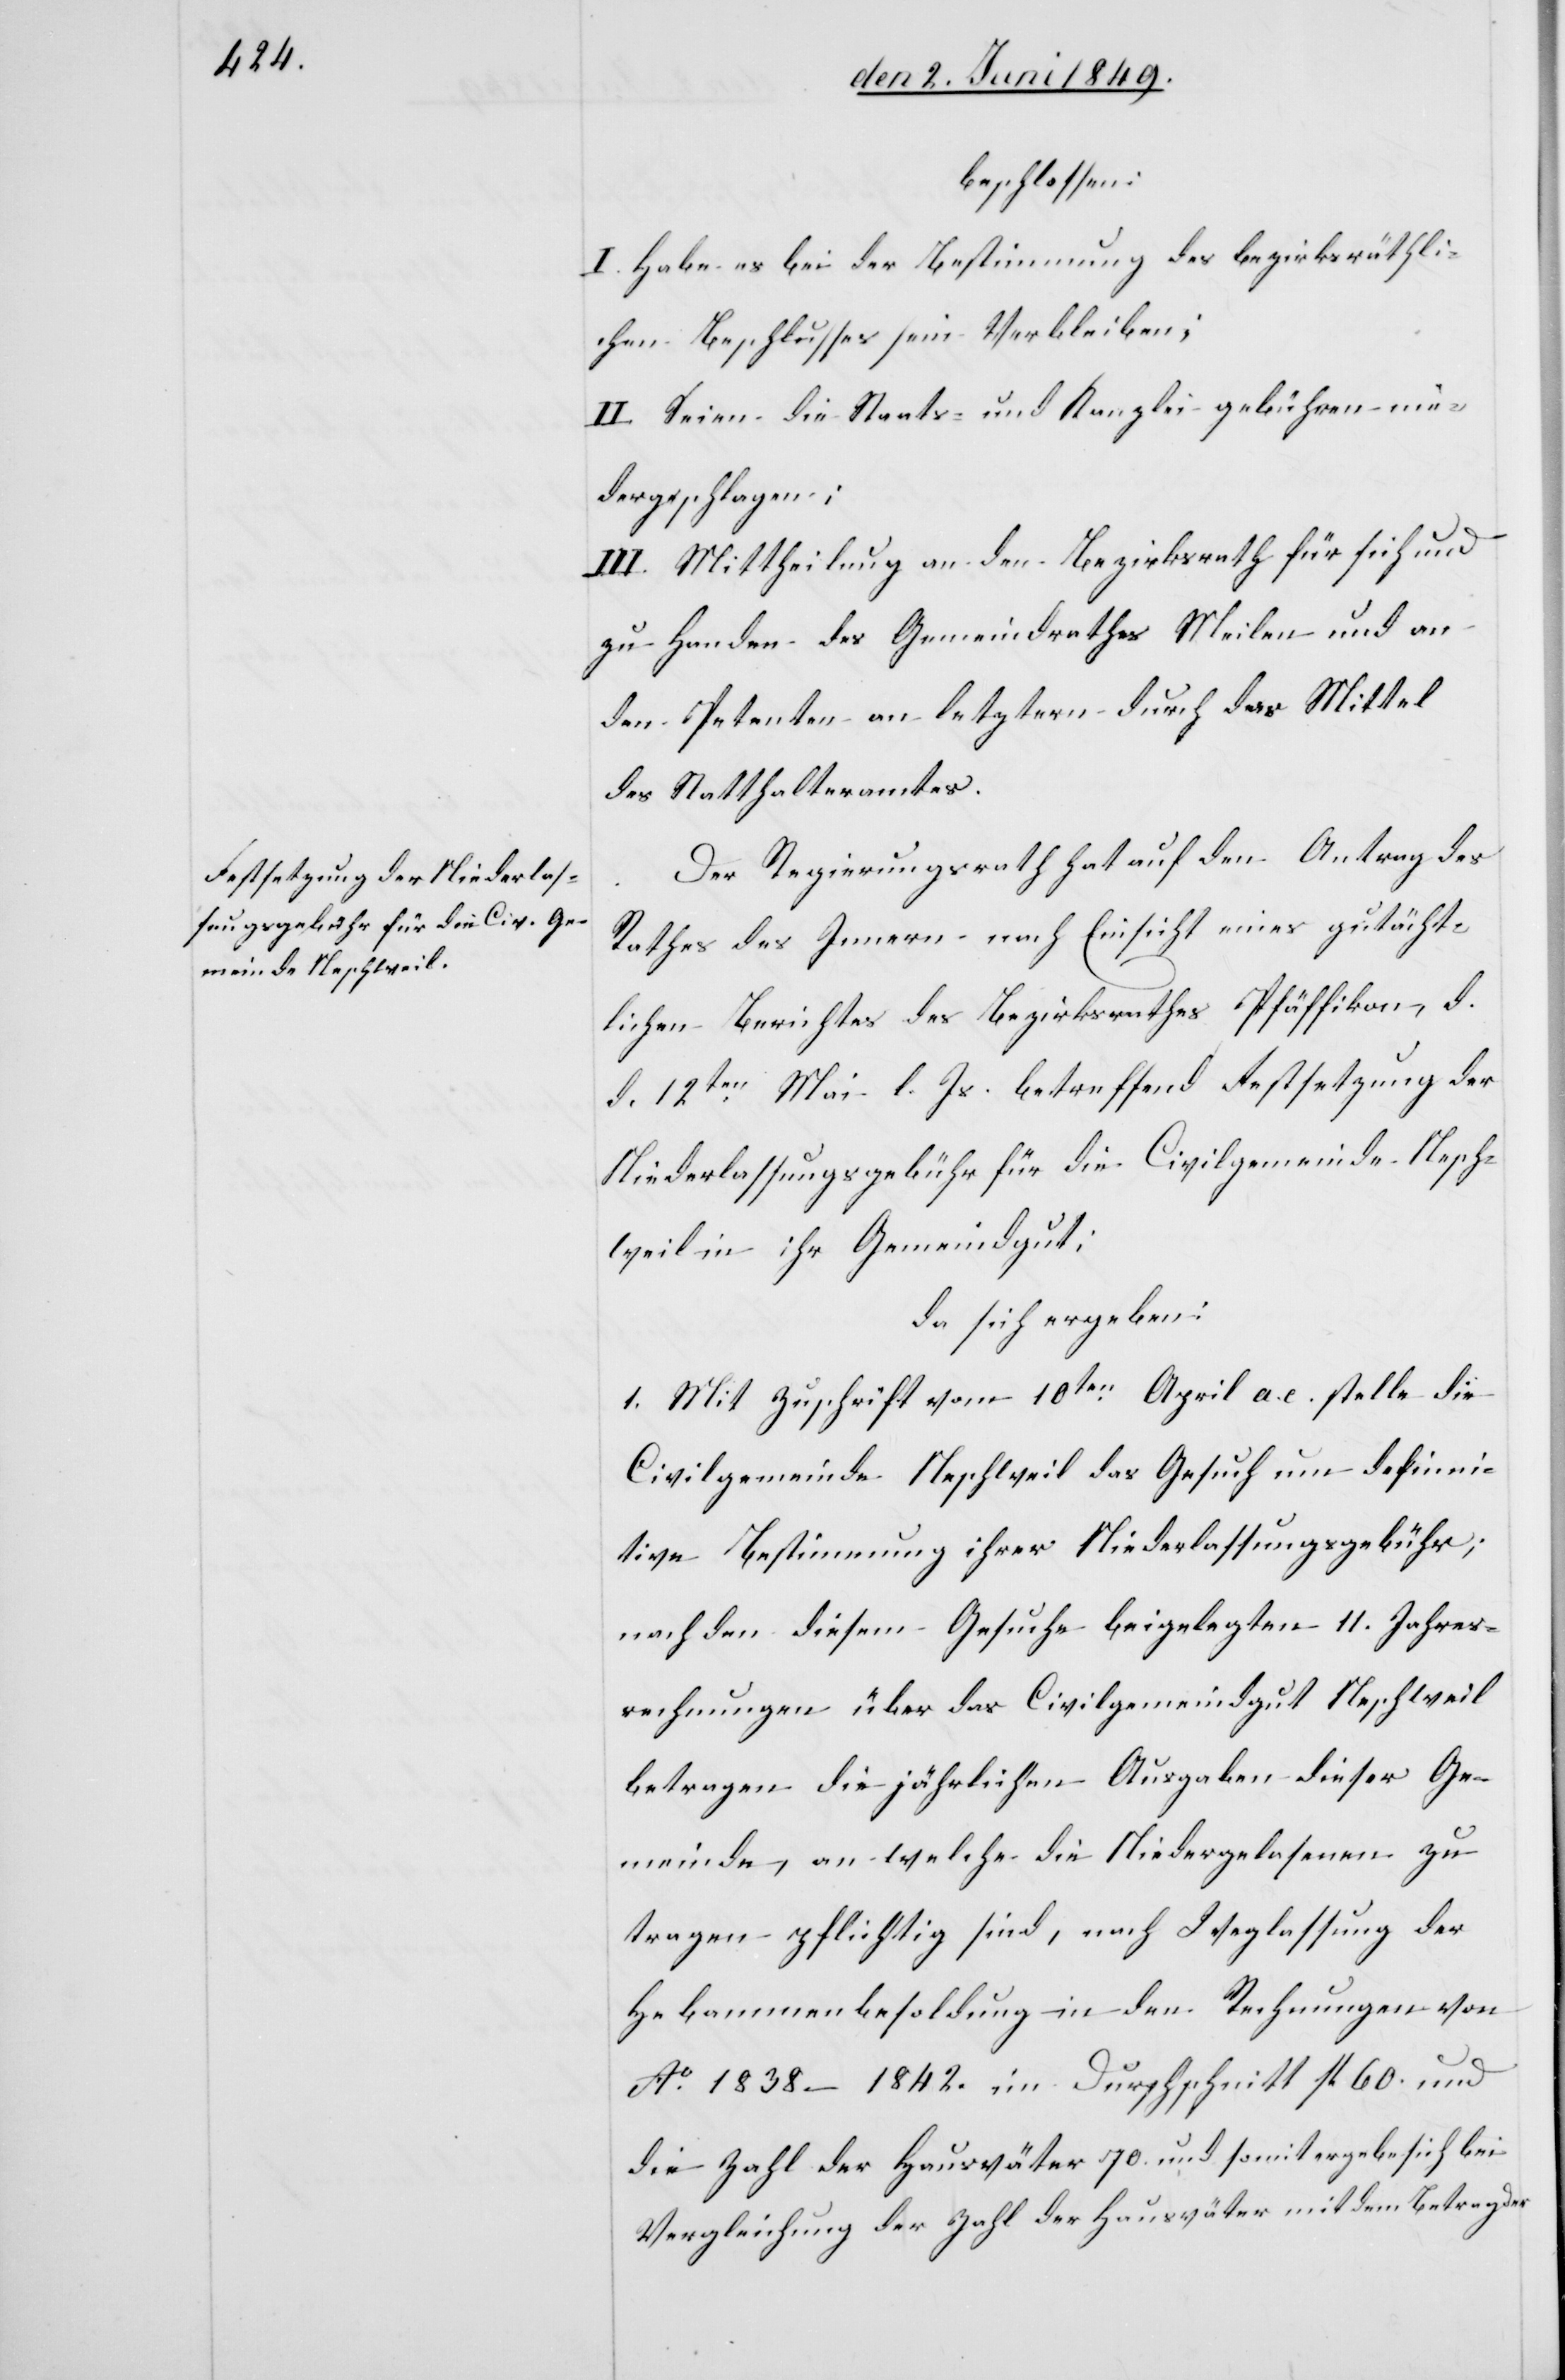
beschlossen:
I. Habe es bei der Bestimmung des bezirksräthli¬
chen Beschlusses sein Verbleiben;
II. Seien die Staats- und Kanzleigebühren nie¬
dergeschlagen:
III. Mittheilung an den Bezirksrath für sich und
zu Handen des Gemeindrathes Meilen und an
den Petenten an letztern durch das Mittel
des Statthalteramtes.
Der Regierungsrath hat auf den Antrag des
Rathes des Innern – nach Einsicht eines gutächt¬
lichen Berichtes des Bezirksrathes Pfäffikon, d.
d. 12ten Mai l. Js. betreffend Festsetzung der
Niederlassungsgebühr für die Civilgemeinde Nesch¬
weil in ihr Gemeindgut;
da sich ergeben:
1. Mit Zuschrift vom 10ten April a. c. stelle die
Civilgemeinde Neschweil das Gesuch um defini¬
tive Bestimmung ihrer Niederlassungsgebühr;
nach den diesem Gesuche beigelegten 11. Jahres¬
rechnungen über das Civilgemeindgut Neschweil
betragen die jährlichen Ausgaben, dieser Ge¬
meinde, an welche die Niedergelassenen zu
tragen pflichtig sind, nach Weglassung der
Hebammenbesoldung in den Rechnung von
Ao 1838–1842. im Durchschnitt fl. 60. und
die Zahl der Hausväter 70. und somit ergebe sich bei
Vergleichung der Zahl der Hausväter mit dem Betrag der